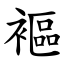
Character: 䙔